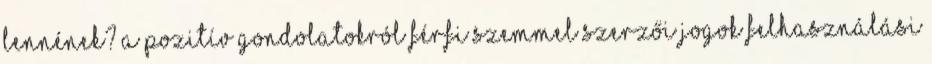
lennének? A pozitív gondolatokról férfi szemmel Szerzői jogok Felhasználási